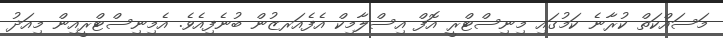
މަސައްކަތް ކުރާނެ ކަމުގައި މިނިސްޓްރީ އޮފް އިސްލާމިކް އެފެއަރޒުން ބުނެފިއެވެ. އެމިނިސްޓްރީއިން މިއަދު